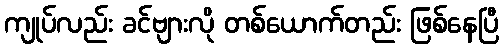
ကျုပ်လည်း ခင်ဗျားလို တစ်ယောက်တည်း ဖြစ်နေပြီ